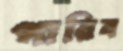
পারিব